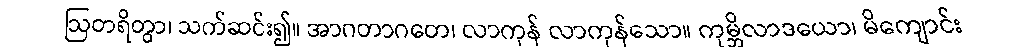
ဩတရိတွာ၊ သက်ဆင်း၍။ အာဂတာဂတေ၊ လာကုန် လာကုန်သော။ ကုမ္ဘိလာဒယော၊ မိကျောင်း